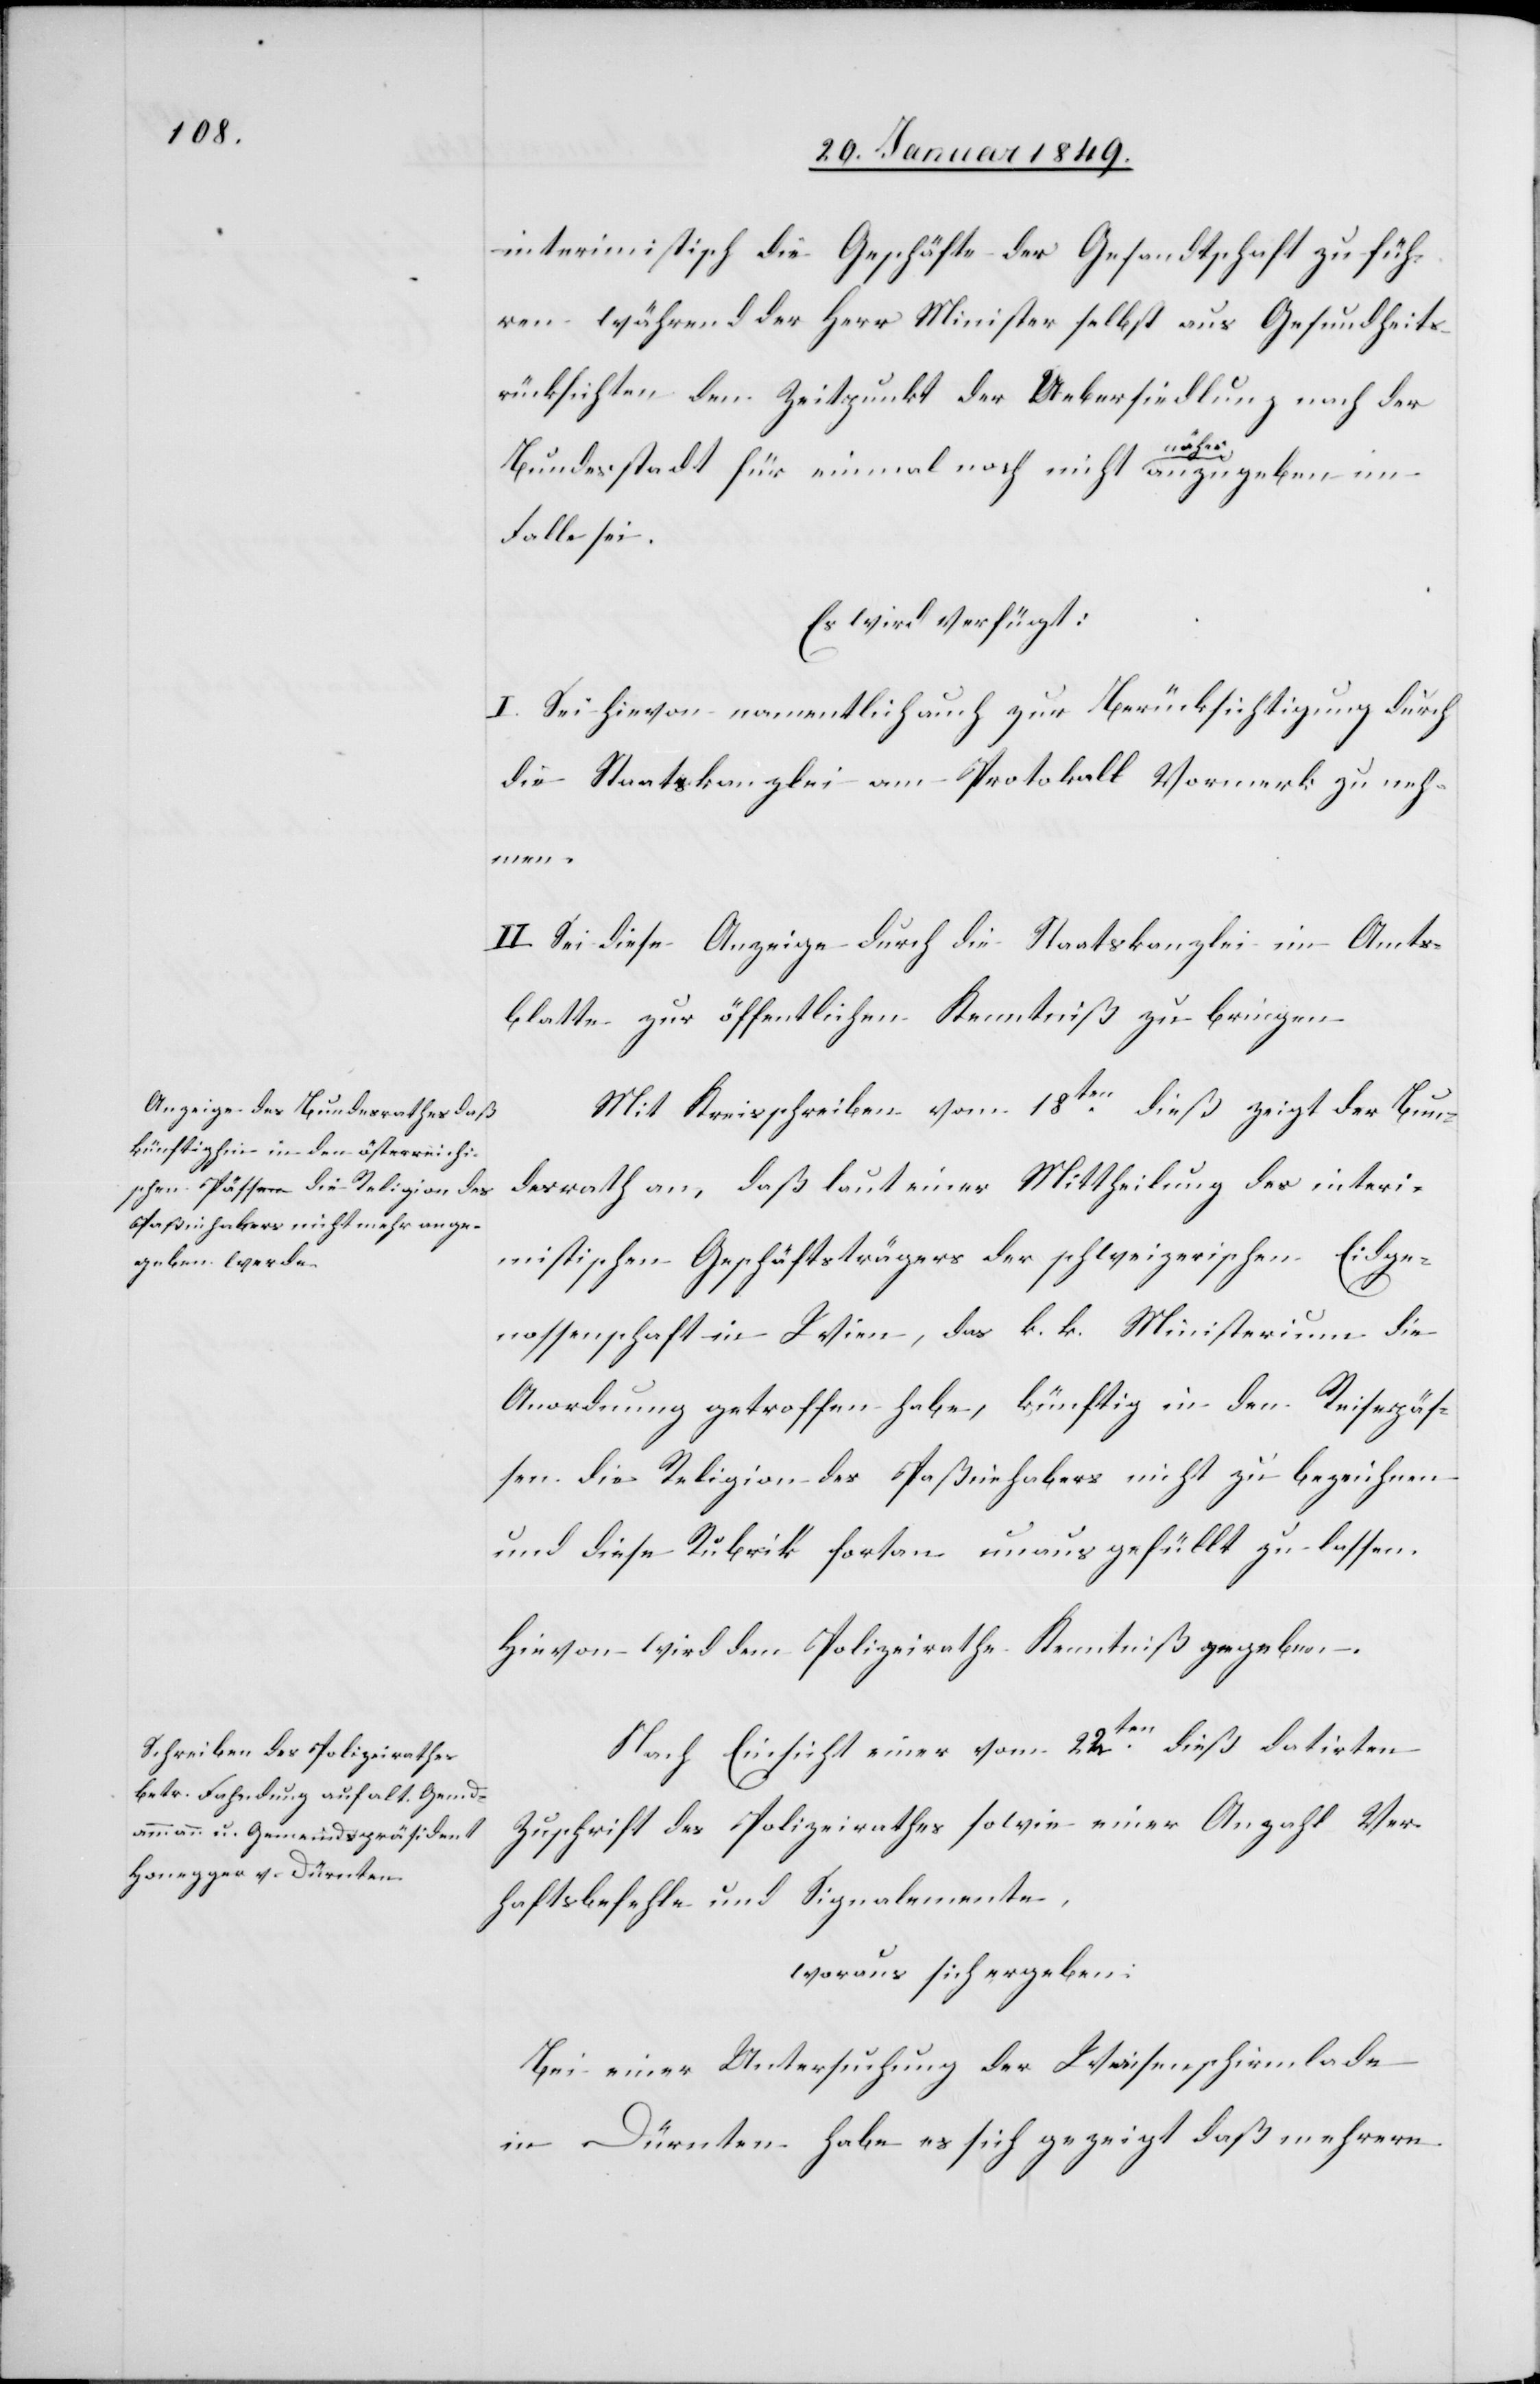
22. Januar 1849.]
interimistisch die Geschäfte der Gesandtschaft zu füh¬
ren während der Herr Minister selbst aus Gesundheits¬
rücksichten den Zeitpunkt der Uebersiedlung nach der
Bundesstadt für einmal noch nicht näher anzugeben im
Falle sei.
Es wird verfügt:
I. Sei hievon namentlich auch zur Berücksichtigung durch
die Staatskanzlei am Protokoll Vormerk zu neh¬
men.
II. Sei diese Anzeige durch die Staatskanzlei im Amts¬
blatte zur öffentlichen Kenntniß zu bringen.
Mit Kreisschreiben vom 18ten. dieß zeigt der Bun¬
desrath an, daß laut einer Mittheilung des interi¬
mistischen Geschäftsträgers der schweizerischen Eidge¬
nossenschaft in Wien, das k. k. Ministerium die
Anordnung getroffen habe, künftig in den Reisepäs¬
sen die Religion des Paßinhabers nicht zu bezeichnen
und diese Rubrik fortan unausgefüllt zu lassen.
Hievon wird dem Polizeirathe Kenntniß gegeben.
den
Nach Einsicht einer vom 22ten. dieß datirten
Zuschrift des Polizeirathes sowie einer Anzahl Ver¬
haftsbefehle und Signalemente,
woraus sich ergeben:
Bei einer Untersuchung der Waisenschirmlade
in Dürnten habe es sich gezeigt daß mehrere